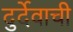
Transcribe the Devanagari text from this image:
दुर्देवाची